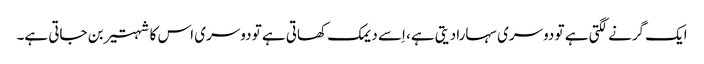
ایک گرنے لگتی ہے تو دوسری سہارا دیتی ہے، اِسے دیمک کھاتی ہے تو دوسری اس کا شہتیر بن جاتی ہے۔